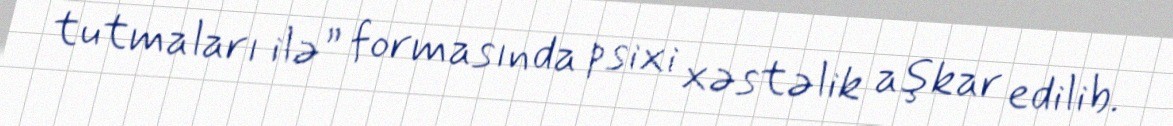
tutmaları ilə” formasında psixi xəstəlik aşkar edilib.